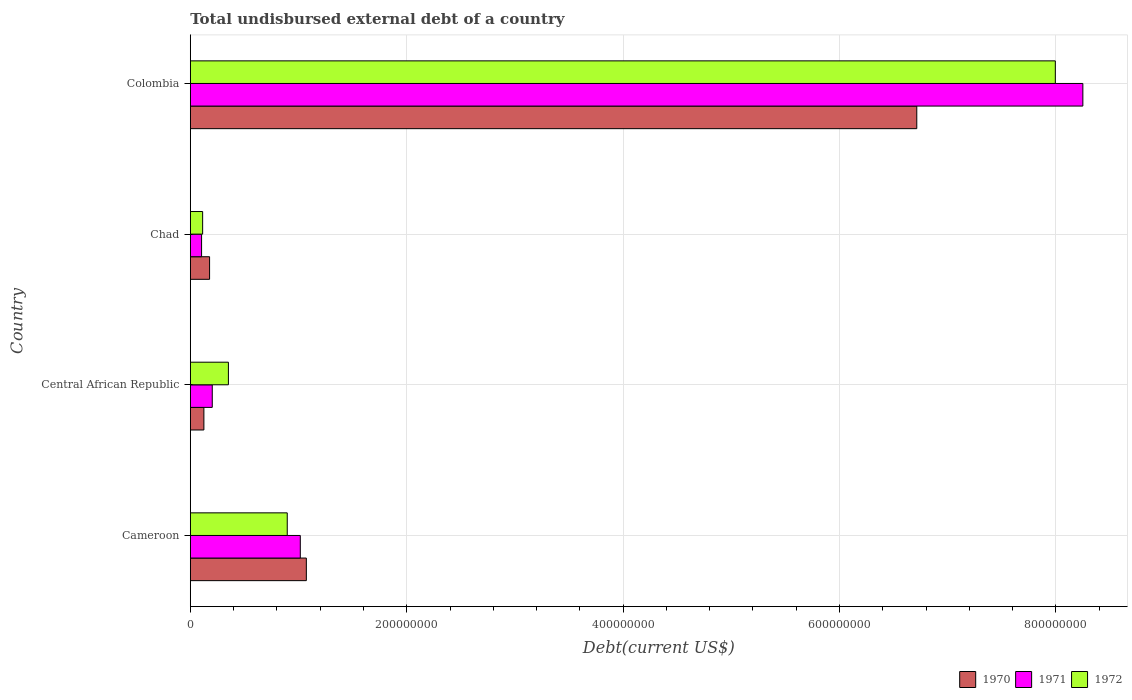
| Country | 1970 | 1971 | 1972 |
 | --- | --- | --- | --- |
 | Cameroon | 1.07e+08 | 1.02e+08 | 8.96e+07 |
 | Central African Republic | 1.26e+07 | 2.03e+07 | 3.52e+07 |
 | Chad | 1.78e+07 | 1.04e+07 | 1.14e+07 |
 | Colombia | 6.71e+08 | 8.25e+08 | 7.99e+08 |